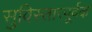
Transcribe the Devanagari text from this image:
सुविस्तारपूर्वक